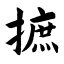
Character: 摭